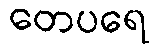
တေပရေ